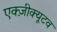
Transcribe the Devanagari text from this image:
एक्ज़ीक्यूटव